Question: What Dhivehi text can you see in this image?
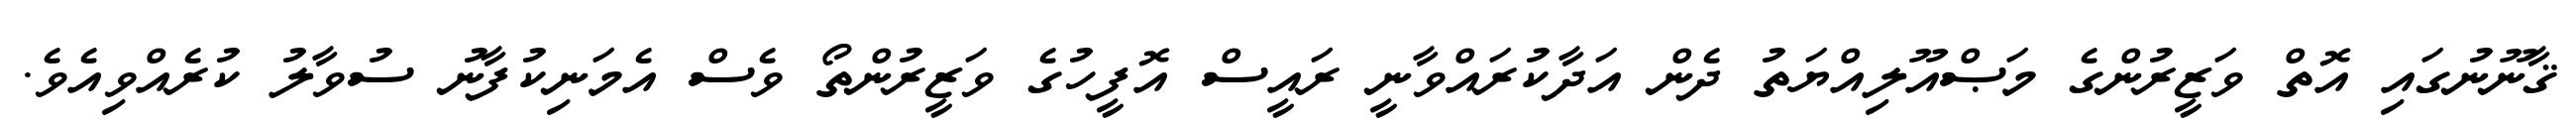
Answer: ޤާނޫނުގައި އޮތް ވަޒީރުންގެ މަޞްއޫލިއްޔަތު ދެން އަދާކުރައްވާނީ ރައީސް އޮފީހުގެ ވަޒީރުންތޯ ވެސް އެމަނިކުފާނު ސުވާލު ކުރެއްވިއެވެ.